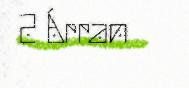
2 Árran